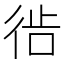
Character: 𫹔